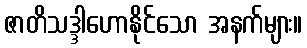
ဇာတိသဒ္ဒါဟောနိုင်သော အနက်များ။